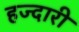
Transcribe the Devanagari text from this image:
हज्दारी